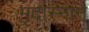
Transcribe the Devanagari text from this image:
मृदास्नान